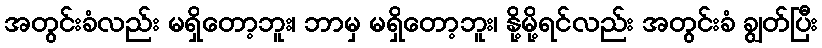
အတွင်းခံလည်း မရှိတော့ဘူး၊ ဘာမှ မရှိတော့ဘူး၊ နို့မို့ရင်လည်း အတွင်းခံ ချွတ်ပြီး